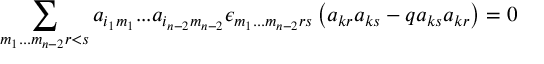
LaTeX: \sum _ { m _ { 1 } . . . m _ { n - 2 } r < s } a _ { i _ { 1 } m _ { 1 } } . . . a _ { i _ { n - 2 } m _ { n - 2 } } \epsilon _ { m _ { 1 } . . . m _ { n - 2 } r s } \left( a _ { k r } a _ { k s } - q a _ { k s } a _ { k r } \right) = 0